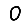
Digit: 0